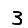
Digit: 3